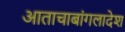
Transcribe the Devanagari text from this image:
आताचाबांगलादेश